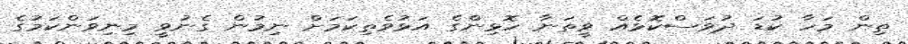
ތިން މަހާ ކުޑަ ދުވަސްކޮޅެއް ވީތަނާ ހޮޅިންގެ އަޅުވެތިކަމަށް ނިމުން ގެނުވީ މިނިވަންކަމުގެ